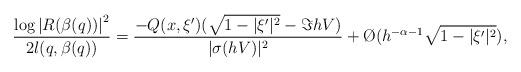
LaTeX: \begin{align*}\frac{\log \left|R(\beta(q))\right|^2}{2l(q,\beta(q))}=\frac{-Q(x,\xi')(\sqrt{1-|\xi'|^2}-\Im hV)}{|\sigma(hV)|^2}+\O{}(h^{-\alpha-1}\sqrt{1-|\xi'|^2}),\end{align*}